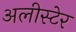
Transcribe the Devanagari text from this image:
अलीस्टेर